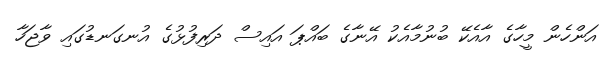
އަންހެން މީހާގެ އާއެކޭ ބުނުމާއެކު އޭނާގެ ބައްޕަ އައިސް ދަރިފުޅުގެ އުނގަނޑުގައި ވާޖަހާ